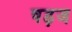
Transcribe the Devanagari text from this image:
षड़ज